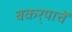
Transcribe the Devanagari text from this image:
बकर्‍याचें